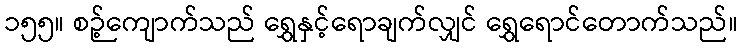
၁၅၅။ စဉ့်ကျောက်သည် ရွှေနှင့်ရောချက်လျှင် ရွှေရောင်တောက်သည်။